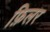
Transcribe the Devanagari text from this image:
फ़िलर